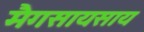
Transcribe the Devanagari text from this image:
मैगसायसाय